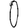
Digit: 0